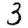
Digit: 3